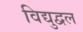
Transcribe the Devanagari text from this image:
विद्युद्वल